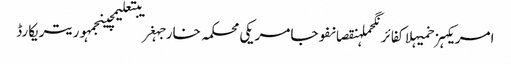
امریکہزخمیہلاکفائرنگحملہنقصانفوجامریکی محکمہ خارجہغریبتعلیمچینجمہوریتریکارڈ